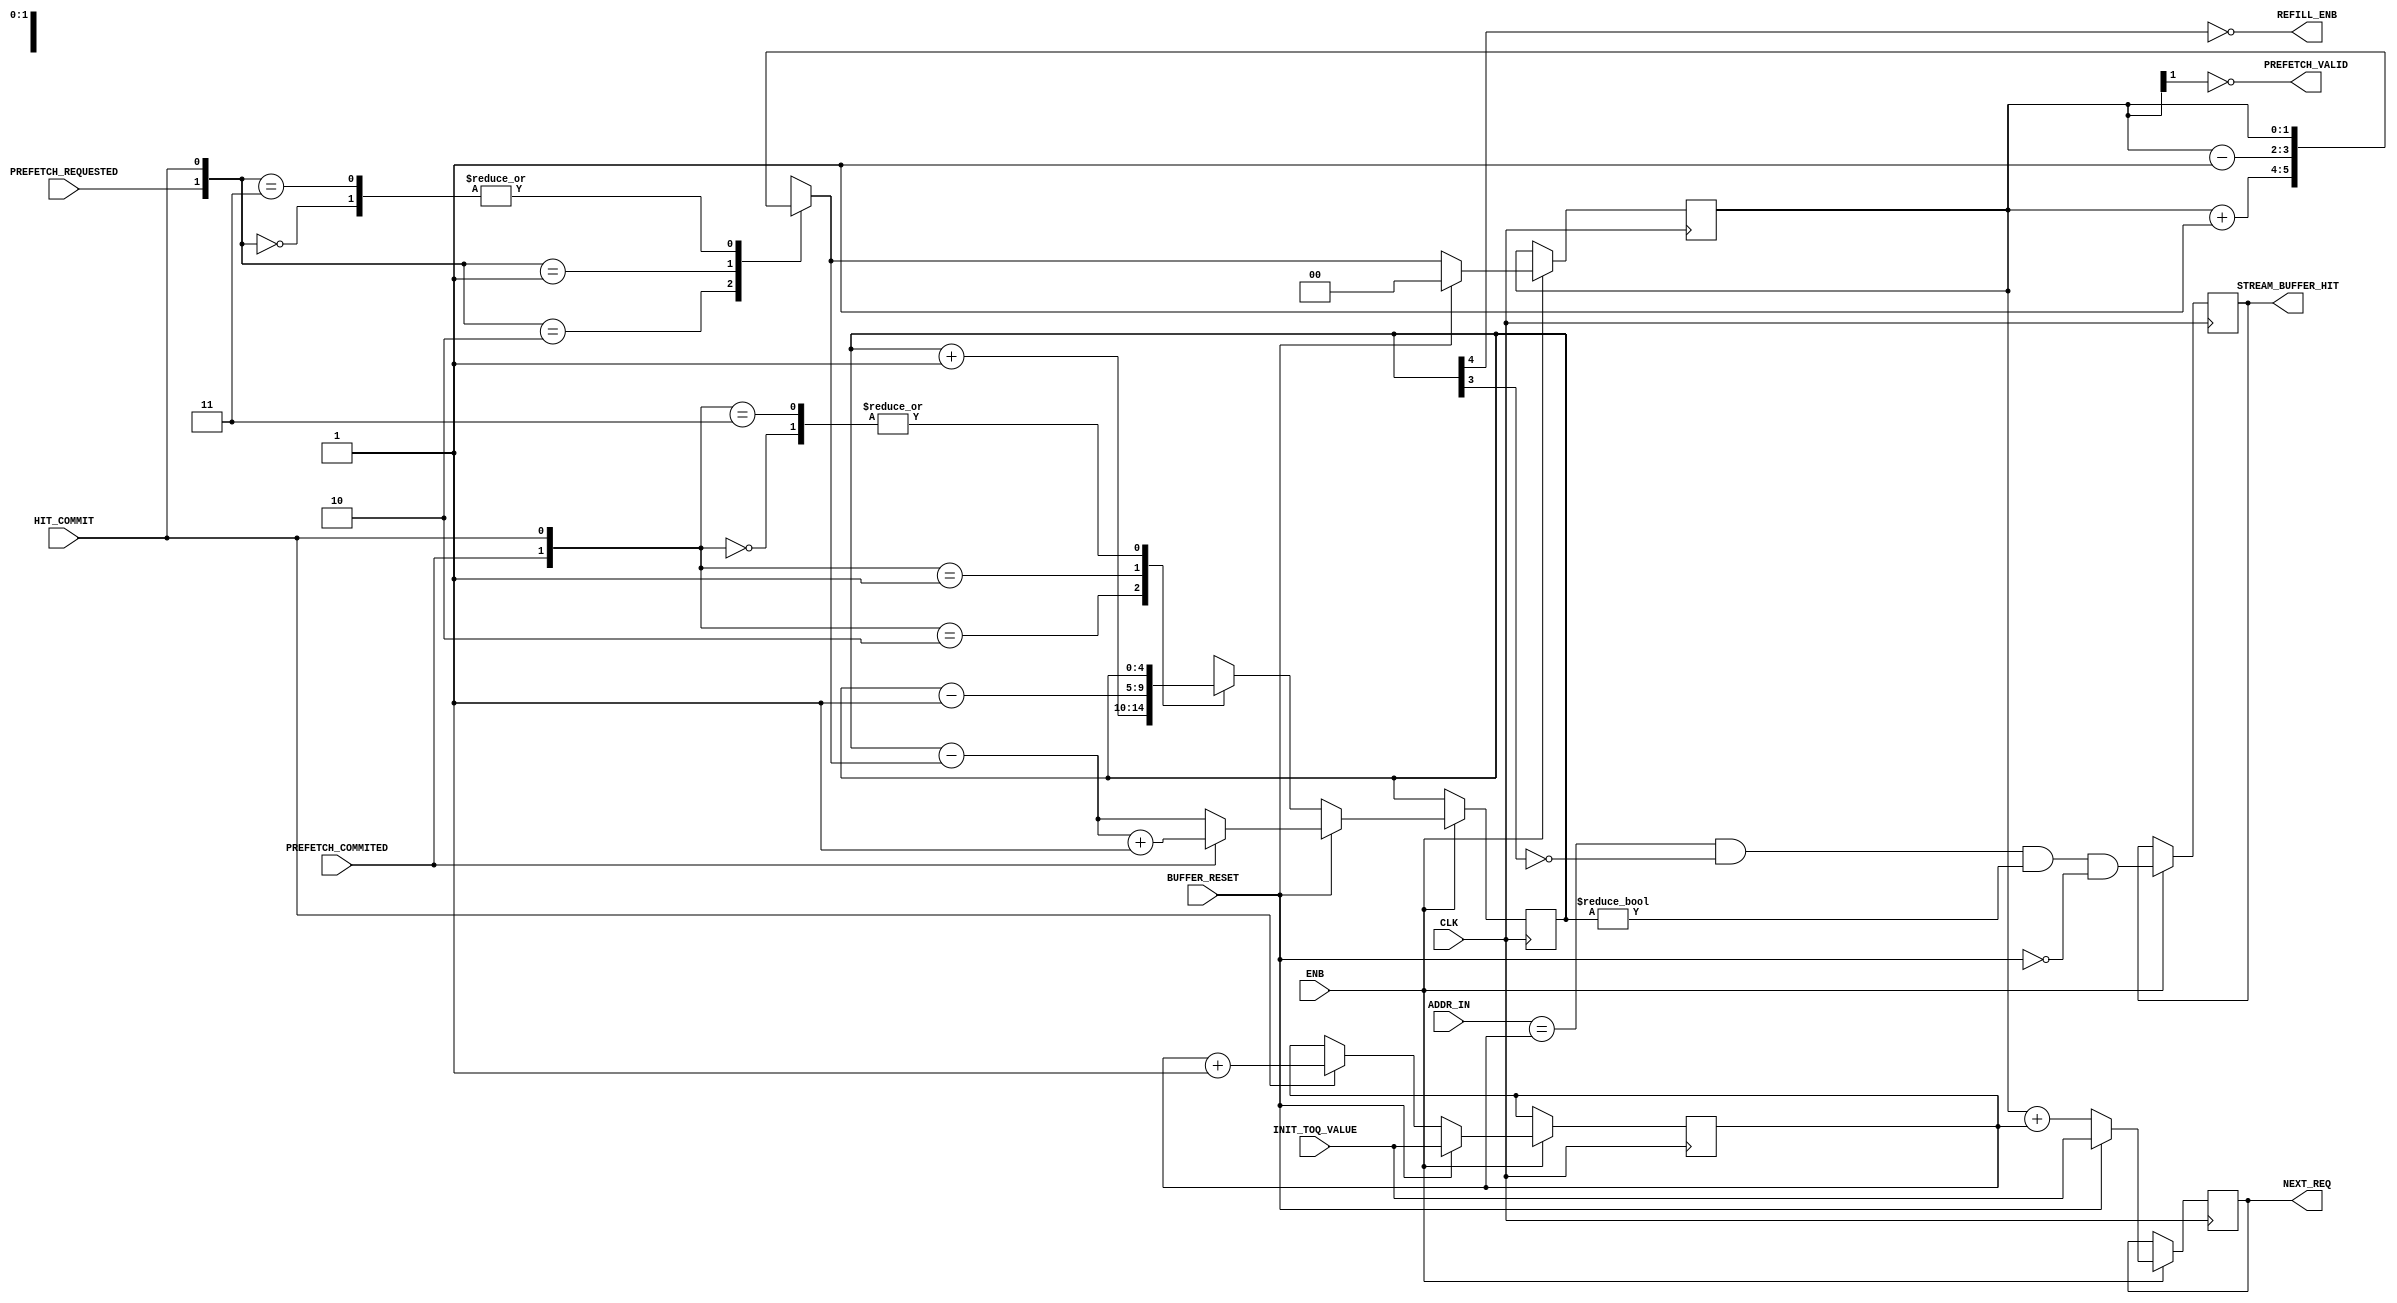
`timescale 1ns / 1ps
//////////////////////////////////////////////////////////////////////////////////
// Company: 
// Engineer: 
// 
// Design Name: 
// Module Name: Stream_Buffer_Single_Control
// Project Name: 
// Target Devices: 
// Tool Versions: 
// Description: 
// 
// Dependencies: 
// 
// Revision:
// Revision 0.01 - File Created
// Additional Comments:
// 
//////////////////////////////////////////////////////////////////////////////////


module Stream_Buffer_Single_Control #(
        // Primary parameters
        parameter ADDR_WIDTH = 5,                                   // Width needed to address a cache line
        parameter p          = 2,                                   // Prefetch queue's depth is 2^p
        parameter n          = 1                                    // Depth of stream buffers would be 2^n    
    ) (
        input                           CLK,
        input                           ENB,
        // Stream buffer initializations
        input                           BUFFER_RESET,               // Reset the stream buffer
        input      [ADDR_WIDTH - 1 : 0] INIT_TOQ_VALUE,             // New stream the buffer is assigned to
        // Stream buffer output side
        input      [ADDR_WIDTH - 1 : 0] ADDR_IN,                    // Address of the needed data
        output reg                      STREAM_BUFFER_HIT,          // Stream buffer has the needed data
        input                           HIT_COMMIT,                 // Commit a hit on the stream buffer, increase TOQ address
        // Stream buffer refill side
        output                          PREFETCH_VALID,             // Prefetch buffer is not yet full, so keep requesting from L2
        input                           PREFETCH_REQUESTED,         // Prefetch request was sent to prefetch queue
        input                           PREFETCH_COMMITED,          // Prefetch request was fulfilled by L2 
        output                          REFILL_ENB,                 // Commit the next data coming from L2
        output reg [ADDR_WIDTH - 1 : 0] NEXT_REQ                    // Next request that is to be sent to L2
    );    
    
    reg [ADDR_WIDTH - 1 : 0] top_of_queue;
    
    reg [n              : 0] request_counter;                       // Number of prefetch requests sent to prefetch queue
    reg [p          + 2 : 0] commit_counter;                        // Number of requests which has finished arriving
                                                                    // Negative commit means arriving data will be discarded
                                                                    
    assign REFILL_ENB = !commit_counter[p + 2];
    
    // Hit miss status of the stream buffer
    always @(posedge CLK) begin
        if (ENB) begin
            STREAM_BUFFER_HIT <= (ADDR_IN == top_of_queue) & (!commit_counter[p + 1]) & (commit_counter != 0) & !BUFFER_RESET;
        end
    end    
    
    // Next request to be sent to L2 to fill the stream buffer
    always @(posedge CLK) begin
        if (ENB) begin
            if (BUFFER_RESET) begin
                NEXT_REQ <= INIT_TOQ_VALUE;
            end else begin
                NEXT_REQ <= request_counter + top_of_queue;
            end
        end
    end
    
    // Top of queue management
    always @(posedge CLK) begin
        if (ENB) begin
            if (BUFFER_RESET) begin
                top_of_queue <= INIT_TOQ_VALUE;
            end else if (HIT_COMMIT) begin
                top_of_queue <= top_of_queue + 1;
            end
        end
    end  
    
    // Prefetch only needs to be requested if request counter < depth of stream buffer 
    assign PREFETCH_VALID = (request_counter[n] != 1'b1);
    
    // Request counter management
    reg [n : 0] request_counter_wire;
    always @(*) begin
        case ({PREFETCH_REQUESTED, HIT_COMMIT})
            2'b00 : request_counter_wire = request_counter;    
            2'b10 : request_counter_wire = request_counter + 1;         // When this happens, ALWAYS request_counter < 2^n
            2'b01 : request_counter_wire = request_counter - 1;
            2'b11 : request_counter_wire = request_counter;
        endcase
    end
    
    always @(posedge CLK) begin
        if (ENB) begin
            if (BUFFER_RESET) begin
                request_counter <= 0;
            end else begin
                request_counter <= request_counter_wire;
            end
        end
    end
    
    // Commit counter management
    always @(posedge CLK) begin
        if (ENB) begin
            if (BUFFER_RESET) begin
                if (PREFETCH_COMMITED)
                    commit_counter <= commit_counter - {{(p + 2 - n){1'b0}}, request_counter_wire} + 1;
                else    
                    commit_counter <= commit_counter - {{(p + 2 - n){1'b0}}, request_counter_wire};
            end else begin
                case ({PREFETCH_COMMITED, HIT_COMMIT})
                    2'b00 : commit_counter <= commit_counter;    
                    2'b10 : commit_counter <= commit_counter + 1;
                    2'b01 : commit_counter <= commit_counter - 1;
                    2'b11 : commit_counter <= commit_counter;
                endcase
            end
        end
    end
    
    initial begin
        top_of_queue = 0;
        request_counter = {n{1'b1}} + 1;
        commit_counter  = {n{1'b1}} + 1;
        
        NEXT_REQ = 0;
        STREAM_BUFFER_HIT = 0;
    end
    
endmodule